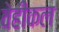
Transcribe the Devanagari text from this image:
वेहीकल